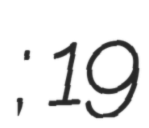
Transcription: Бильбасов; 19